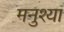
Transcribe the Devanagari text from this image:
मनुश्या